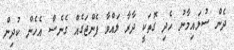
ދެން ސުލައިމާނު ހެދި ގޮތަކީ ދާރާ ލައްވާ ފެންޖަގެއް ގެނެސް އެހެން ކުދިން